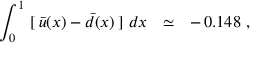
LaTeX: \int _ { 0 } ^ { 1 } \, \, [ \, \bar { u } ( x ) - \bar { d } ( x ) \, ] \, \, d x \ \ \simeq \ \ - \, 0 . 1 4 8 \, \, ,